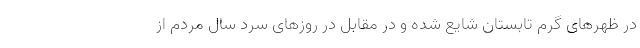
در ظهرهای گرم تابستان شایع شده و در مقابل در روزهای سرد سال مردم از